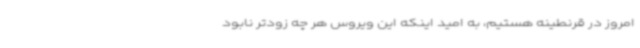
امروز در قرنطینه هستیم، به امید اینکه این ویروس هر چه زودتر نابود